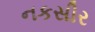
નકસીર